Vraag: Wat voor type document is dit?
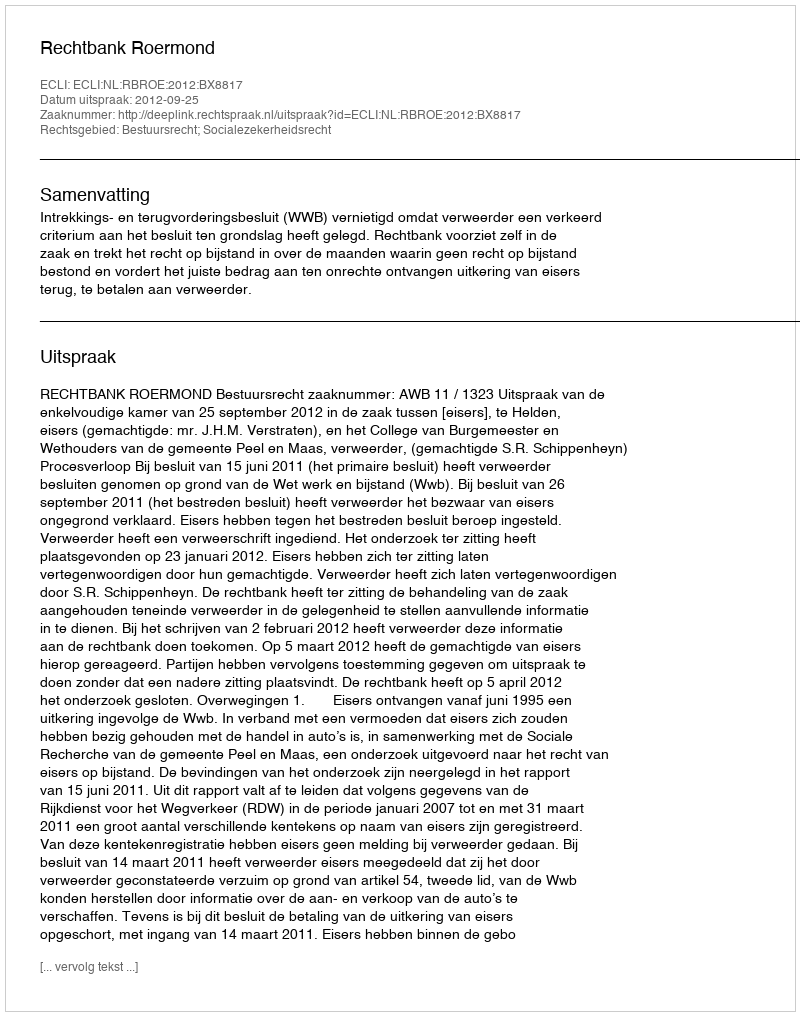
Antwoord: Uitspraak